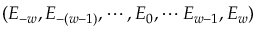
( E _ { - w } , E _ { - ( w - 1 ) } , \cdots , E _ { 0 } , \cdots E _ { w - 1 } , E _ { w } )